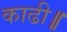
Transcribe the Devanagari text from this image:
काढी॥